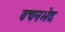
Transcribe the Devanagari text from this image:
वचनभेद